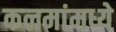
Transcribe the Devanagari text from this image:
कलमांमध्ये